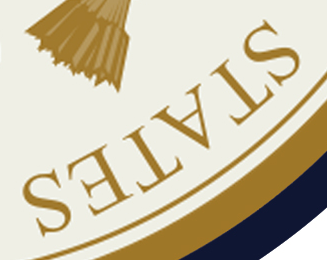
STATES